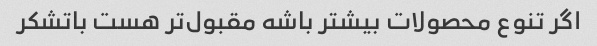
اگر تنوع محصولات بیشتر باشه مقبول‌تر هست باتشکر